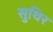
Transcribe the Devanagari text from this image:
सुथिर